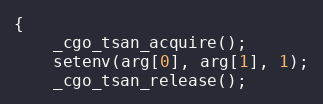
Language: C
{
	_cgo_tsan_acquire();
	setenv(arg[0], arg[1], 1);
	_cgo_tsan_release();